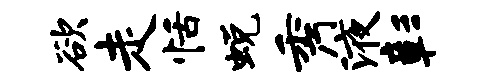
欲走恬蜕秀液彰